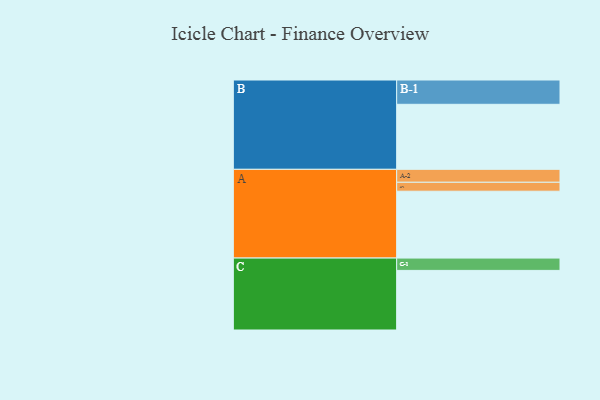
{"axis": {"x": "Segment", "y": "Value"}, "legend": ["", "A", "B", "C"], "data": [{"x": "A", "y": 553, "type": ""}, {"x": "B", "y": 538, "type": ""}, {"x": "C", "y": 493, "type": ""}, {"x": "A-1", "y": 74, "type": "A"}, {"x": "A-2", "y": 107, "type": "A"}, {"x": "B-1", "y": 201, "type": "B"}, {"x": "C-1", "y": 102, "type": "C"}]}